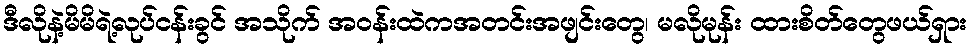
ဒီလိုနဲ့မိမိရဲ့လုပ်ငန်းခွင် အသိုက် အဝန်းထဲကအတင်းအဖျင်းတွေ၊ မလိုမုန်း ထားစိတ်တွေဖယ်ရှား